Indian journal of veterinary science and animal husbandry - Volume 10,
Year: 1940
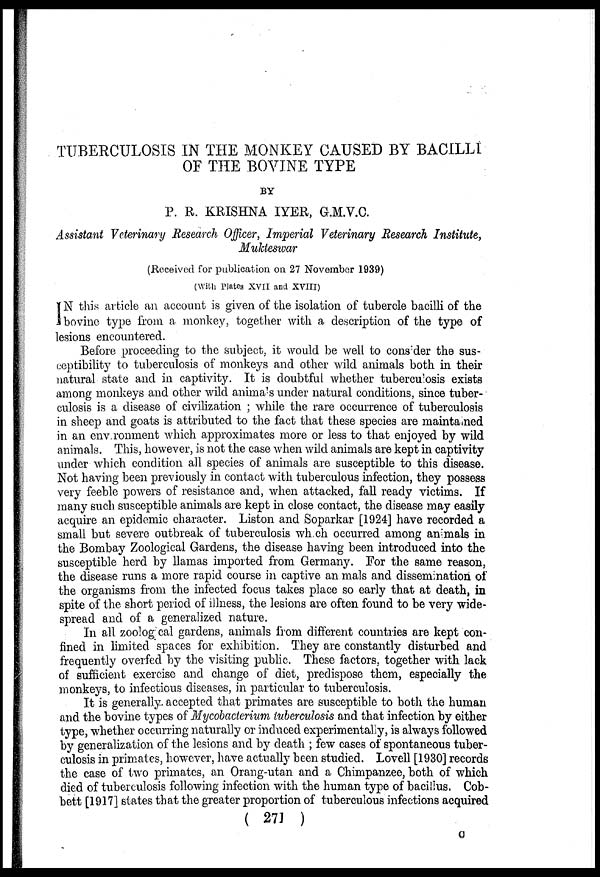
TUBERCULOSIS IN THE MONKEY CAUSED BY BACILLI
OF THE BOVINE TYPE
BY
P. R. KRISHNA IYER, G.M.V.C.
Assistant Veterinary Research Officer, Imperial Veterinary Research Institute,
Mukteswar
(Received for publication on 27 November 1939)
(With Plates XVII and XVIII)
I N this article an account is given of the isolation of tubercle bacilli of the
bovine type from a monkey, together with a description of the type of
lesions encountered.
Before proceeding to the subject, it would be well to consider the sus-
ceptibility to tuberculosis of monkeys and other wild animals both in their
natural state and in captivity. It is doubtful whether tuberculosis exists
among monkeys and other wild animals under natural conditions, since tuber-
culosis is a disease of civilization ; while the rare occurrence of tuberculosis
in sheep and goats is attributed to the fact that these species are maintained
in an environment which approximates more or less to that enjoyed by wild
animals. This, however, is not the case when wild animals are kept in captivity
under which condition all species of animals are susceptible to this disease.
Not having been previously in contact with tuberculous infection, they possess
very feeble powers of resistance and, when attacked, fall ready victims. If
many such susceptible animals are kept in close contact, the disease may easily
acquire an epidemic character. Liston and Soparkar [1924] have recorded a
small but severe outbreak of tuberculosis which occurred among animals in
the Bombay Zoological Gardens, the disease having been introduced into the
susceptible herd by llamas imported from Germany. For the same reason,
the disease runs a more rapid course in captive animals and dissemination of
the organisms from the infected focus takes place so early that at death, in
spite of the short period of illness, the lesions are often found to be very wide-
spread and of a generalized nature.
In all zoological gardens, animals from different countries are kept con-
fined in limited spaces for exhibition. They are constantly disturbed and
frequently overfed by the visiting public. These factors, together with lack
of sufficient exercise and change of diet, predispose them, especially the
monkeys, to infectious diseases, in particular to tuberculosis.
It is generally accepted that primates are susceptible to both the human
and the bovine types of Mycobacterium tuberculosis and that infection by either
type, whether occurring naturally or induced experimentally, is always followed
by generalization of the lesions and by death ; few cases of spontaneous tuber-
culosis in primates, however, have actually been studied. Lovell [1930] records
the case of two primates, an Orang-utan and a Chimpanzee, both of which
died of tuberculosis following infection with the human type of bacillus. Cob¬
bett [1917] states that the greater proportion of tuberculous infections acquired
( 271 )
C